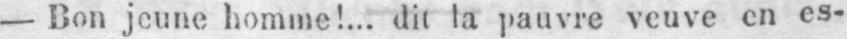
- Bon jeune homme!... dit la pauvre veuve en es-